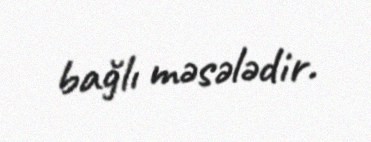
bağlı məsələdir.